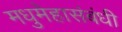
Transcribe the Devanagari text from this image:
मधुमेहासंबंधी